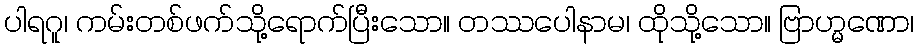
ပါရဂူ၊ ကမ်းတစ်ဖက်သို့ရောက်ပြီးသော။ တဿပေါနာမ၊ ထိုသို့သော။ ဗြာဟ္မဏော၊